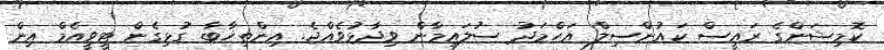
ކޮމިޝަންގެ ރައީސް ކައުންސިލް އަހްމަދު ސުލައިމާން ވިދާޅުވެއްޖެ. އިންތިޚާބާ ގުޅިގެން ޓީވީއެމް އިން